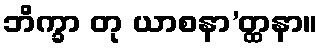
ဘိက္ခာ တု ယာစနာ’တ္ထနာ။